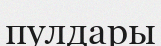
пулдары